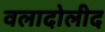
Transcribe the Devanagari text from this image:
वलादोलीद